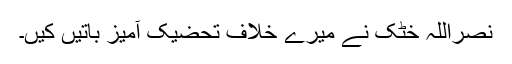
نصراللہ خٹک نے میرے خلاف تحضیک آمیز باتیں کیں۔